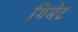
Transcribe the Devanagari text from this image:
गिमेट